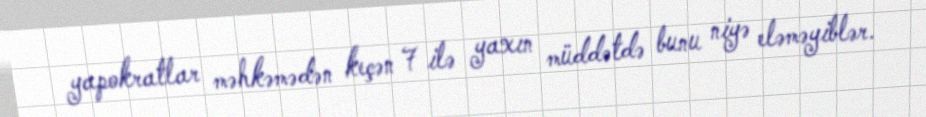
yapokratlar məhkəmədən keçən 7 ilə yaxın müddətdə bunu niyə eləməyiblər.